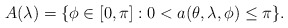
\begin{align*}A(\lambda) = \{ \phi \in [0,\pi] : 0 < a(\theta,\lambda,\phi) \leq \pi \}. \end{align*}